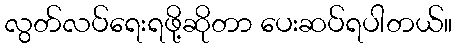
လွတ်လပ်ရေးရဖို့ဆိုတာ ပေးဆပ်ရပါတယ်။